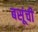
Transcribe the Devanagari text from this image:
बसूंची